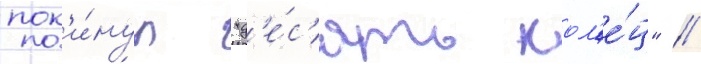
пок'и́нул "д'е́с'ять кол'е́ц" /